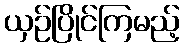
ယှဉ်ပြိုင်ကြမည့်